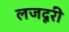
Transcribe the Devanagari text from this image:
लजदूरी